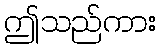
ဤသည်ကား